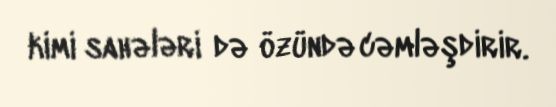
kimi sahələri də özündə cəmləşdirir.